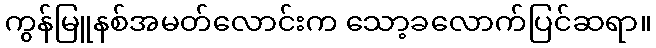
ကွန်မြူနစ်အမတ်လောင်းက သော့ခလောက်ပြင်ဆရာ။